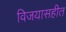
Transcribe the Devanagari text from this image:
विजयासहीत